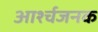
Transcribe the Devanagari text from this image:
आर्श्चजनक